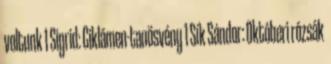
voltunk 1 Sigrid: Ciklámen-tanösvény 1 Sík Sándor: Októberi rózsák